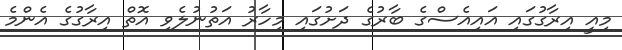
މިއީ އިރާގުގައި އައިއެސްގެ ބާރުގެ ދަށުގައި މިހާރު އަތުނުލެވި އޮތް އިރާގުގެ އެންމެ